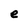
Character: e